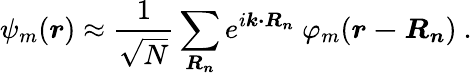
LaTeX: \psi_{m}({\boldsymbol{r}})\approx{\frac{1}{\sqrt{N}}}\sum_{\boldsymbol{R_{n}}}e^{i{\boldsymbol{k\cdot R_{n}}}}\ \varphi_{m}({\boldsymbol{r-R_{n}}})\ .